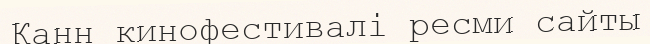
Канн кинофестивалі ресми сайты